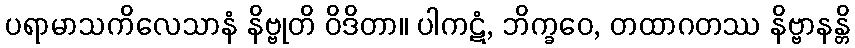
ပရာမာသကိလေသာနံ နိဗ္ဗုတိ ဝိဒိတာ။ ပါကဋံ, ဘိက္ခဝေ, တထာဂတဿ နိဗ္ဗာနန္တိ